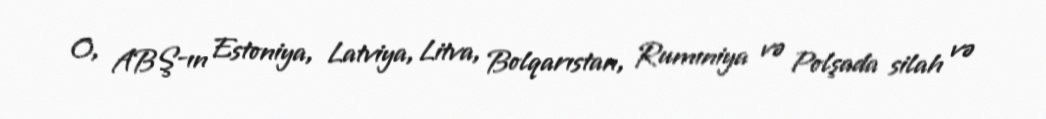
O, ABŞ-ın Estoniya, Latviya, Litva, Bolqarıstan, Rumıniya və Polşada silah və